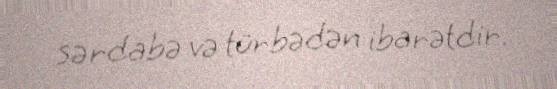
sərdabə və türbədən ibarətdir.